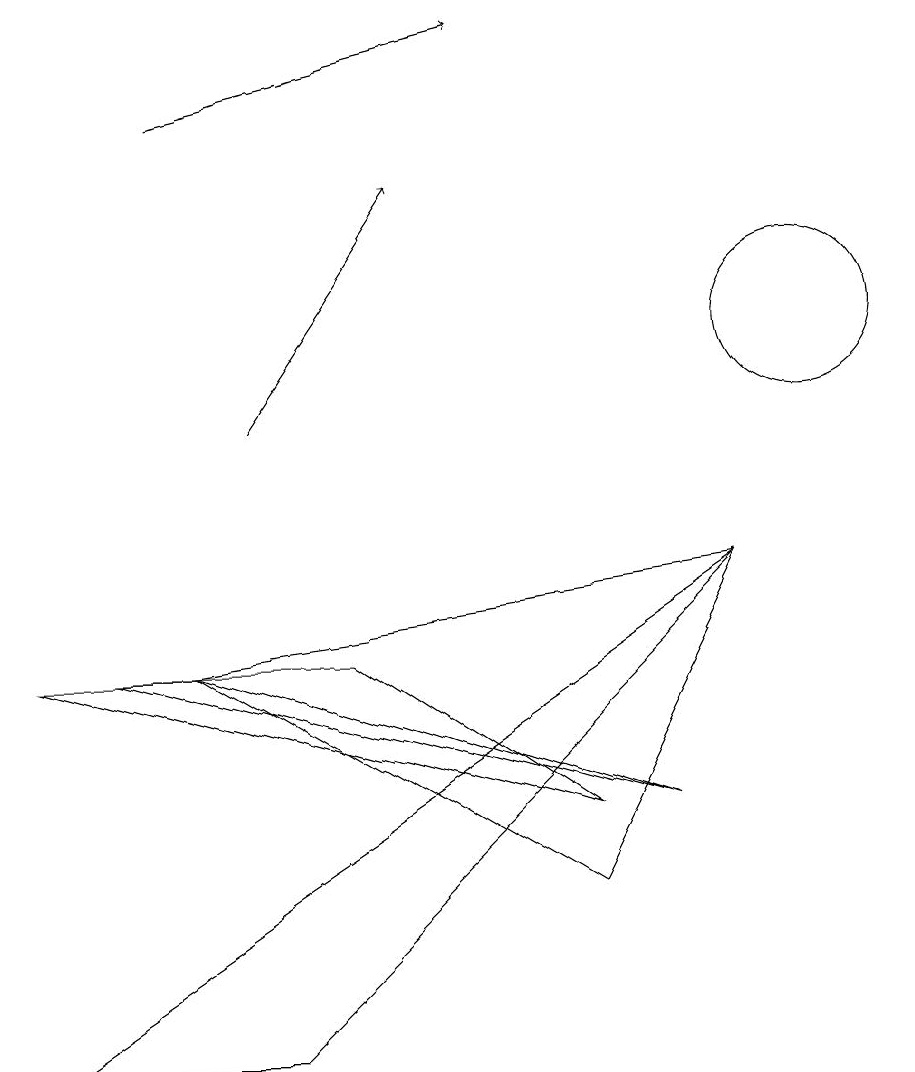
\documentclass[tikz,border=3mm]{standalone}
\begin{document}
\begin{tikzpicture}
\draw[->] (3,10) -- (5,13);
\draw (10,11) circle (1);
\draw (2,7) -- (8,5) -- (1,7) -- cycle;
\draw (7,4) -- (2,7) -- (9,8) -- cycle;
\draw (7,5) -- (0,7) -- (4,7) -- cycle;
\draw[->] (2,14) -- (6,15);
\draw (9,8) -- (0,2) -- (3,2) -- cycle;
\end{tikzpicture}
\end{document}